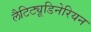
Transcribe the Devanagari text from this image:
लैटिट्यूडिनेरियन